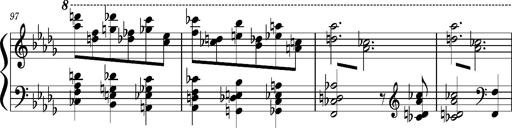
Title: Concerto sans orchestre, S.524a
Composer: Franz Liszt
Key: A major